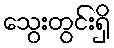
သွေးတွင်းရှိ